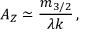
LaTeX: { \cal A } _ { Z } \simeq \frac { m _ { 3 / 2 } } { \lambda k } \, ,